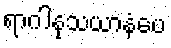
ရာဂါနုသယာနံပေ